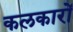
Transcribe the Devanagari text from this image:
कलकारों